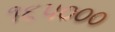
૧૬૫૦૦૦